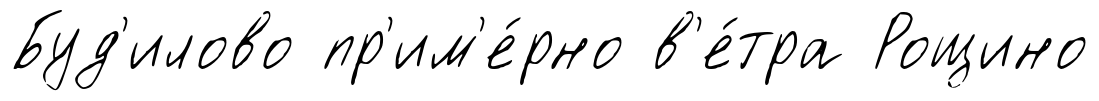
Буд'илово пр'им'е́рно в'е́тра Рощино